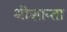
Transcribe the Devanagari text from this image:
श्रीशान्ता